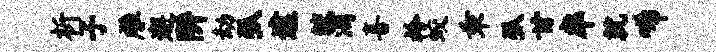
析子雕邂阱劫弧逮鲛酒喜衿蛟乖弧甘率就唏